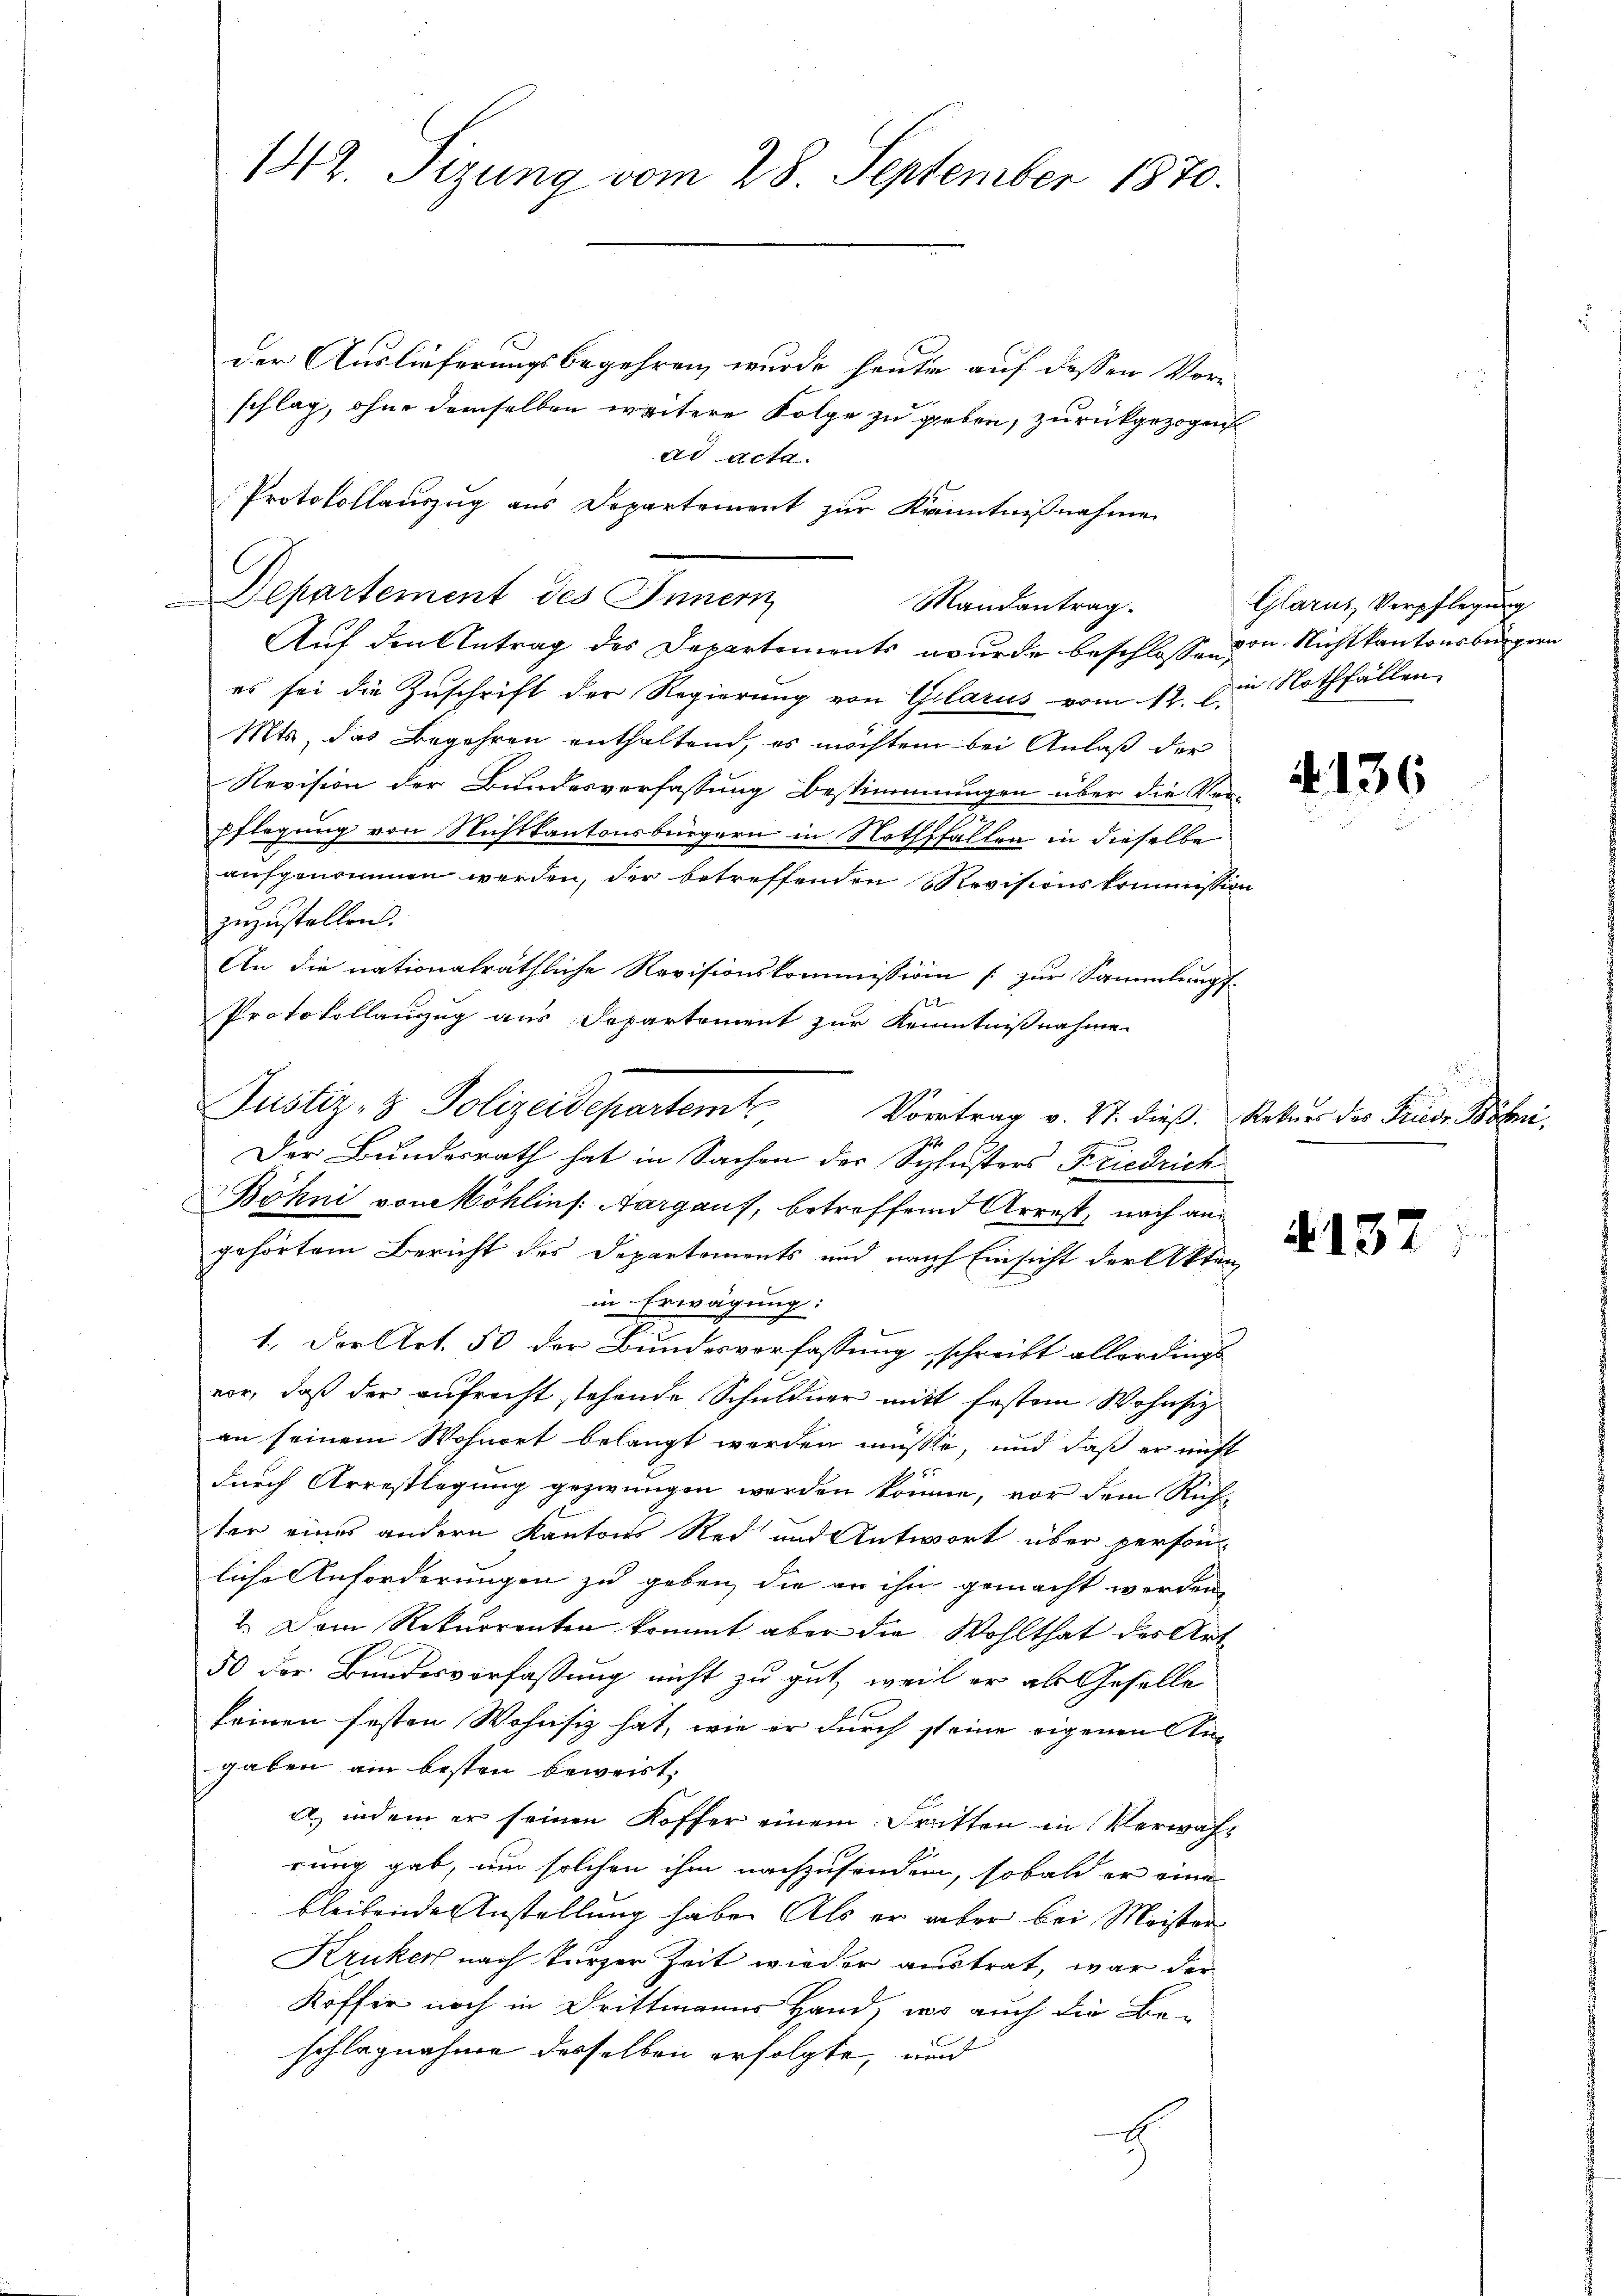
der Auslieferungsbegehren, wurde heute auf dessen Vor-
schlag, ohne demselben weitere Folge zu geben, zurückgezogen
ad Acte
Protokollauszug aus Departement zur Kenntnißnahme
Departement des Innern
Mandantrag.
Auf den Antrag des Departements wurde beschlosse von Nichtkantonsbürgern
es sei die Zuschrift der Regierung von Glarus vom 12. Die Nothfällen,
Mts, das Begehren enthaltend, es möchten bei Anlaß der
Revision der Bundesverfassung Bestimmungen über die Ver-
Pflegung von Nichtkantonsbürgern in Nothffallen in dieselbe
aufgenommen werden, der betreffenden Revisionskommission
zuzustellen.
An die nationalräthliche Revisionskommission s. zur Sammlungs¬
2
Protokollanzug aus Departement zur Kenntnißnahme
Der Bundesrath hat in Sachen der Schlussers Friedrich
Böhni von Möhlins Aargaus, betreffend Arrest, nach angehörtem Bericht des Departements und nach Einsicht der Akten,
in Erwägung:
1. Der Art. 50 der Bundesverfassung schreibt allerdings
vor, daß der aufrecht stehende Schuldner mit festem Wohnsitzan seinem Wohnort belangt werden müsste, und daß er nicht
2
durch Arrestlegung gezwungen werden könne, vor dem Rich-
ter eines andern Kantons Red und Antwort über person-
liche Anforderungen zu geben, die an ihn gemacht werden
2. Dem Rekurrenten kommt aber die Wohlthat des Art
50 der Bundesverfassung nicht zu gut, weil er als Geselle
keinen festen Wohnsiz hat, wie er durch steine eigenen An-
gaben am besten beweist,
a, indem er seinen Koffer einem Dritten in Verwah¬
.
rung gab, um solchen ihm nachzusenden, sobald er eine
bleibende Anstellung habe. Als er aber bei Meister
Kruker nach kurzer Zeit wieder austrat, war der
Koffer noch in Drittmanns Hand, wo auch die Be-
schlagnahme desselben erfolgte, und

142. Sizung vom 28. September 1870.

Justiz- & Polizeidepartem Vortrag v. 27. dieβ. Rekŭrs des Friedr Böni,

Glarus, Verpflegung

4136

§137